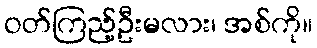
ဝတ်ကြည့်ဦးမလား၊ အစ်ကို။